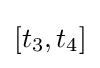
[t_{3},t_{4}]